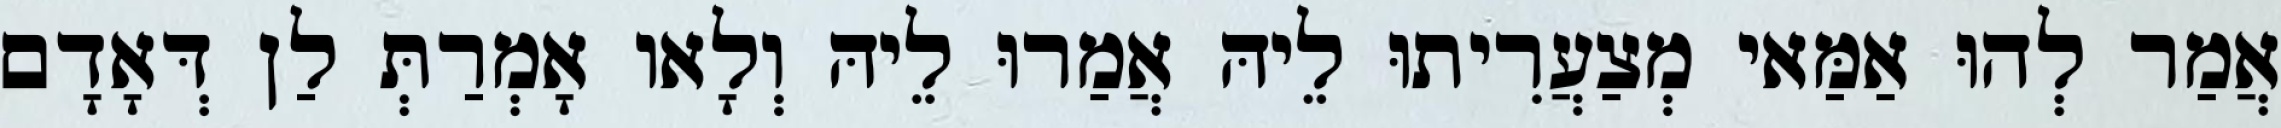
אֲמַר לְהוּ אַמַּאי מְצַעֲרִיתוּ לֵיהּ אֲמַרוּ לֵיהּ וְלָאו אָמְרַתְּ לַן דְּאָדָם